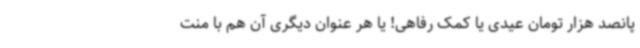
پانصد هزار تومان عیدی یا کمک‌ رفاهی! یا هر عنوان دیگری آن هم با منت